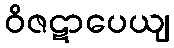
ဝိဇဋာပေယျ